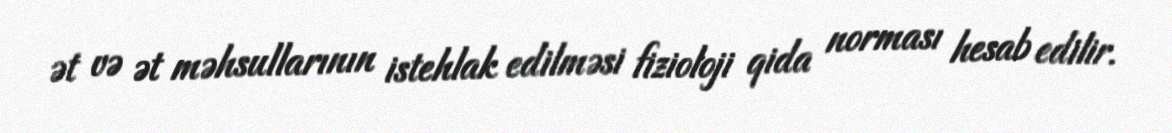
ət və ət məhsullarının istehlak edilməsi fizioloji qida norması hesab edilir.